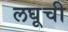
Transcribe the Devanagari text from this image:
लघूची